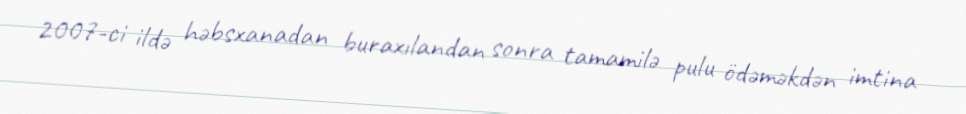
2007-ci ildə həbsxanadan buraxılandan sonra tamamilə pulu ödəməkdən imtina